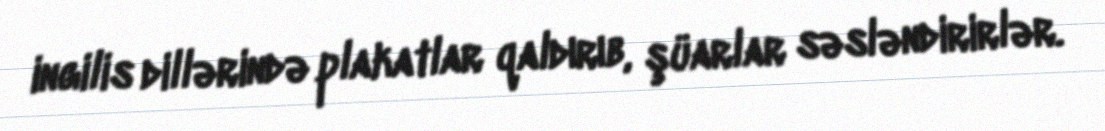
ingilis dillərində plakatlar qaldırıb, şüarlar səsləndirirlər.